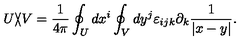
U \backslash \! \! \! \slash V = { \frac { 1 } { 4 \pi } } \oint _ { U } d x ^ { i } \oint _ { V } d y ^ { j } \varepsilon _ { i j k } \partial _ { k } { \frac { 1 } { | x - y | } } .